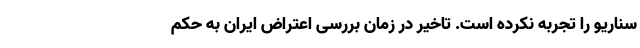
سناریو را تجربه نکرده است. تاخیر در زمان بررسی اعتراض ایران به حکم